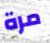
مرة